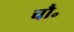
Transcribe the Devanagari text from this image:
चौ॰